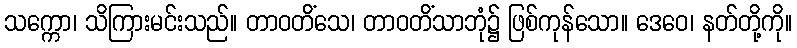
သက္ကော၊ သိကြားမင်းသည်။ တာဝတိံသေ၊ တာဝတိံသာဘုံ၌ ဖြစ်ကုန်သော။ ဒေဝေ၊ နတ်တို့ကို။